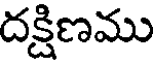
దక్షిణము